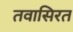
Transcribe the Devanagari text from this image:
तवासिरत